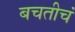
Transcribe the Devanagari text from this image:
बचतीचं